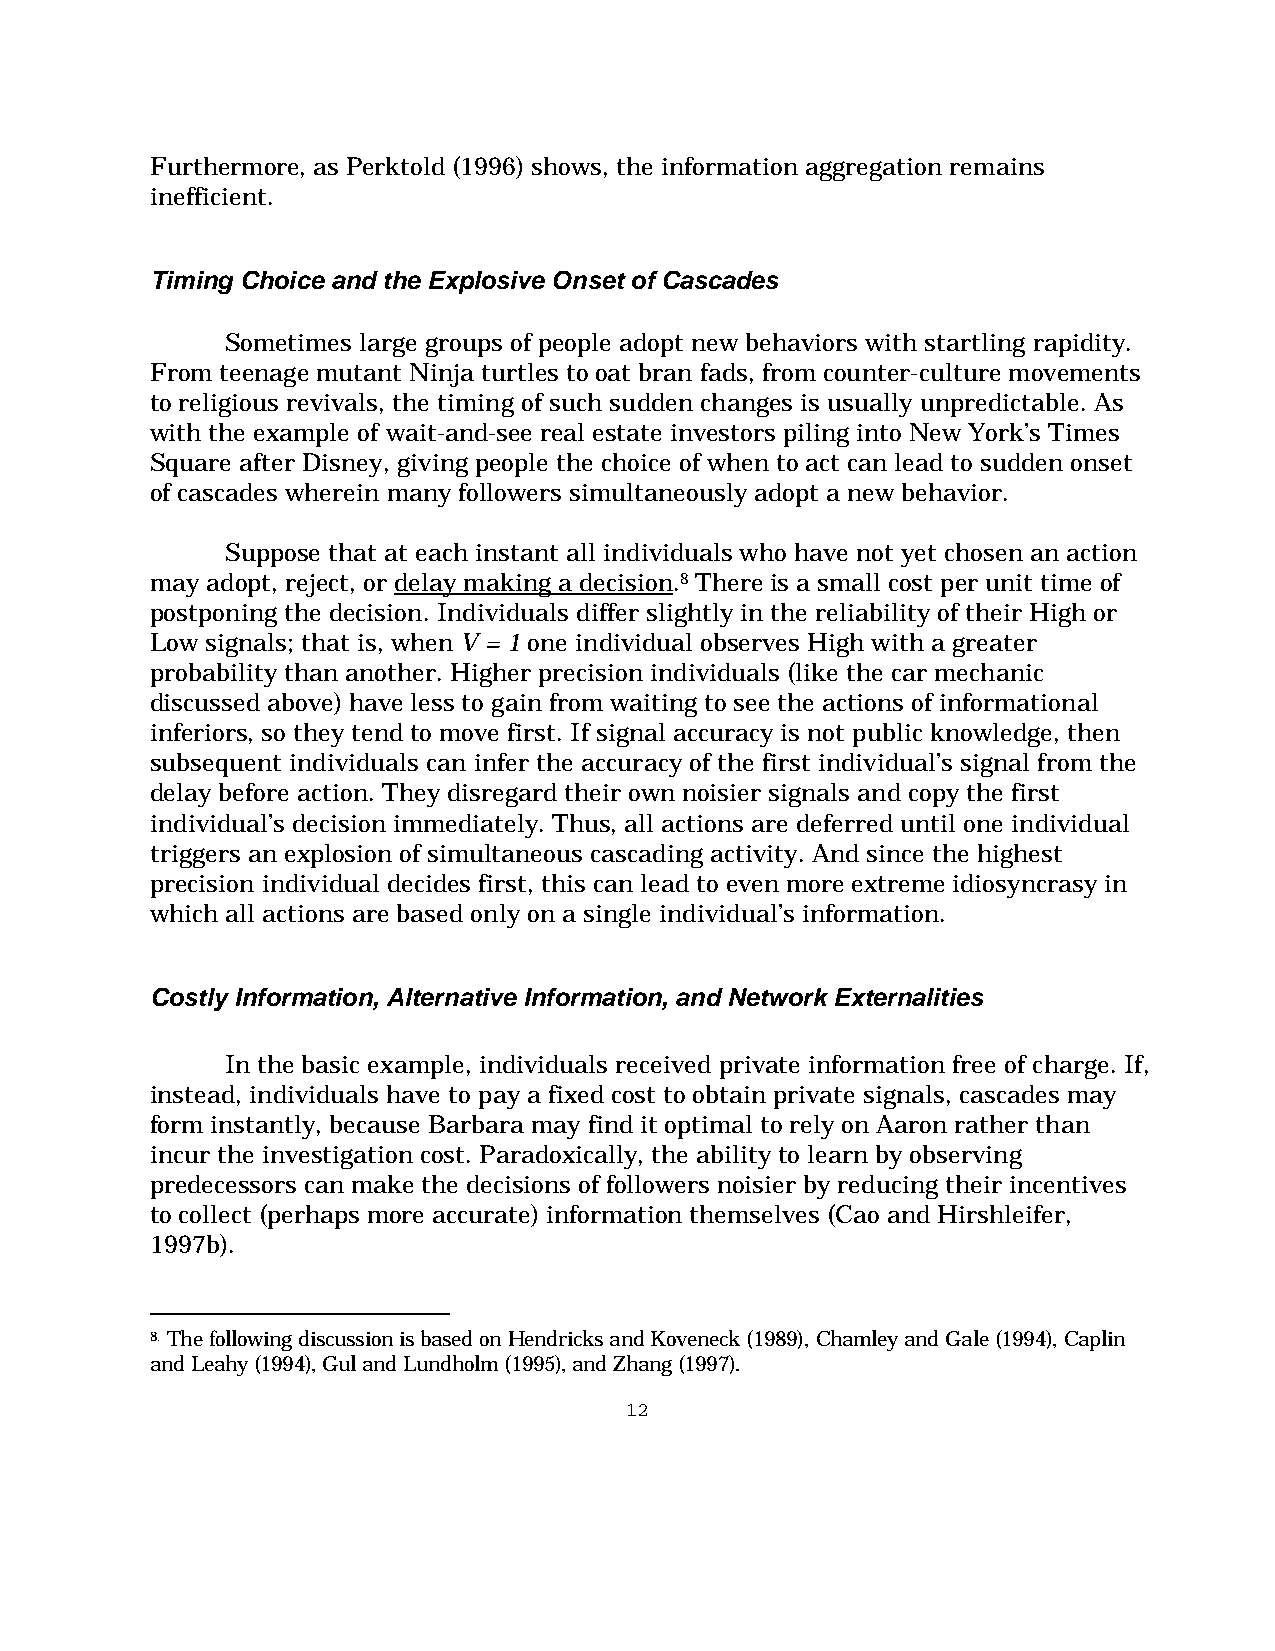
Furthermore, as Perktold (1996) shows, the information aggregation remains
 inefficient.
 Timing Choice and the Explosive Onset of Cascades
 Sometimes large groups of people adopt new behaviors with startling rapidity.
 From teenage mutant Ninja turtles to oat bran fads, from counter-culture movements
 to religious revivals, the timing of such sudden changes is usually unpredictable. As
 with the example of wait-and-see real estate investors piling into New York’s Times
 Square after Disney, giving people the choice of when to act can lead to sudden onset
 of cascades wherein many followers simultaneously adopt a new behavior.
 Suppose that at each instant all individuals who have not yet chosen an action
 may adopt, reject, or delay making a decision.8 There is a small cost per unit time of
 postponing the decision. Individuals differ slightly in the reliability of their High or
 Low signals; that is, when V = 1 one individual observes High with a greater
 probability than another. Higher precision individuals (like the car mechanic
 discussed above) have less to gain from waiting to see the actions of informational
 inferiors, so they tend to move first. If signal accuracy is not public knowledge, then
 subsequent individuals can infer the accuracy of the first individual’s signal from the
 delay before action. They disregard their own noisier signals and copy the first
 individual’s decision immediately. Thus, all actions are deferred until one individual
 triggers an explosion of simultaneous cascading activity. And since the highest
 precision individual decides first, this can lead to even more extreme idiosyncrasy in
 which all actions are based only on a single individual’s information.
 Costly Information, Alternative Information, and Network Externalities
 In the basic example, individuals received private information free of charge. If,
 instead, individuals have to pay a fixed cost to obtain private signals, cascades may
 form instantly, because Barbara may find it optimal to rely on Aaron rather than
 incur the investigation cost. Paradoxically, the ability to learn by observing
 predecessors can make the decisions of followers noisier by reducing their incentives
 to collect (perhaps more accurate) information themselves (Cao and Hirshleifer,
 1997b).
 8. The following discussion is based on Hendricks and Koveneck (1989), Chamley and Gale (1994), Caplin
 and Leahy (1994), Gul and Lundholm (1995), and Zhang (1997).
 12